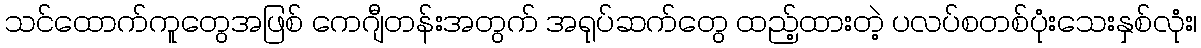
သင်ထောက်ကူတွေအဖြစ် ကေဂျီတန်းအတွက် အရုပ်ဆက်တွေ ထည့်ထားတဲ့ ပလပ်စတစ်ပုံးသေးနှစ်လုံး၊